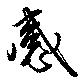
感